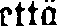
että